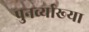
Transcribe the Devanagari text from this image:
पुनर्व्‍याख्‍या